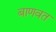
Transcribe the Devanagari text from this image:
बाणवत